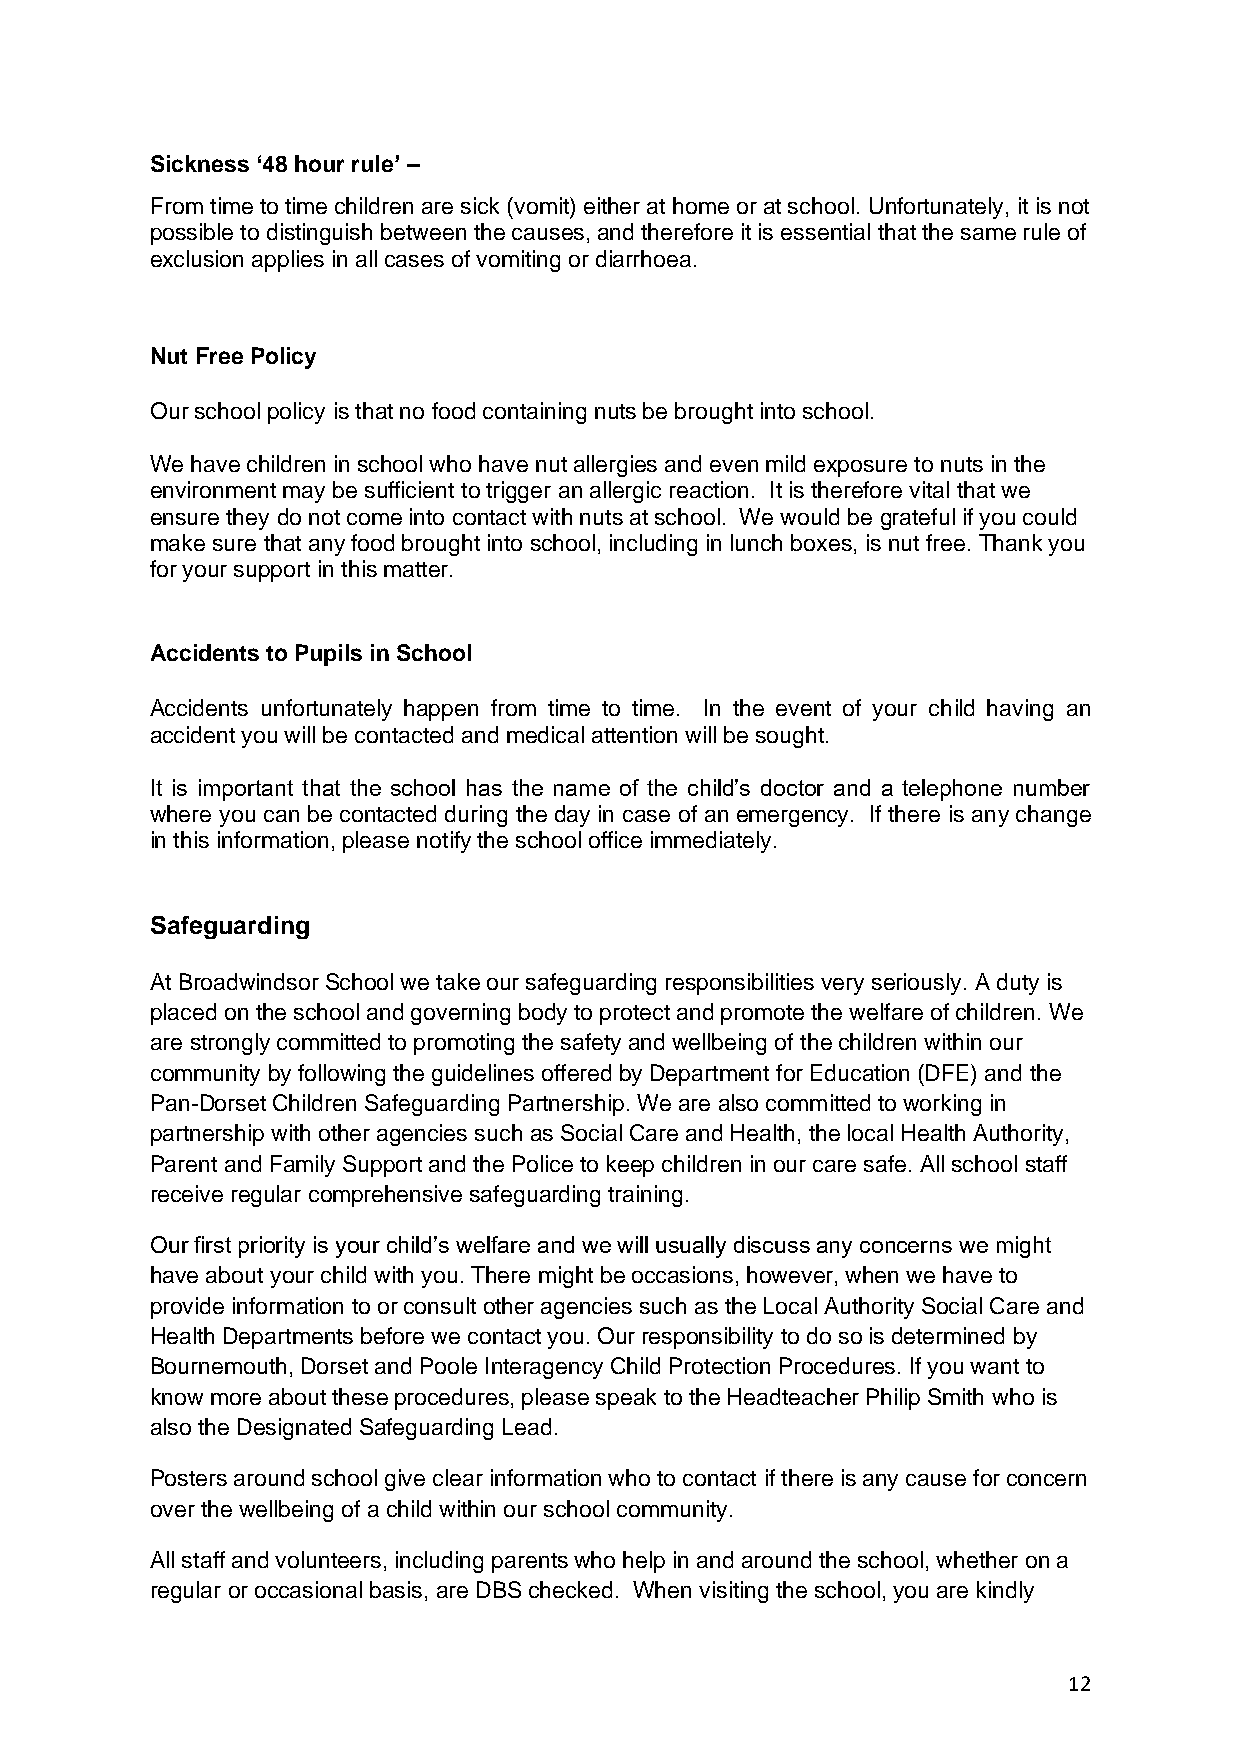
Sickness ‘48 hour rule’ –
 From time to time children are sick (vomit) either at home or at school. Unfortunately, it is not
 possible to distinguish between the causes, and therefore it is essential that the same rule of
 exclusion applies in all cases of vomiting or diarrhoea.
 Nut Free Policy
 Our school policy is that no food containing nuts be brought into school.
 We have children in school who have nut allergies and even mild exposure to nuts in the
 environment may be sufficient to trigger an allergic reaction. It is therefore vital that we
 ensure they do not come into contact with nuts at school. We would be grateful if you could
 make sure that any food brought into school, including in lunch boxes, is nut free. Thank you
 for your support in this matter.
 Accidents to Pupils in School
 Accidents unfortunately happen from time to time. In the event of your child having an
 accident you will be contacted and medical attention will be sought.
 It is important that the school has the name of the child’s doctor and a telephone number
 where you can be contacted during the day in case of an emergency. If there is any change
 in this information, please notify the school office immediately.
 Safeguarding
 At Broadwindsor School we take our safeguarding responsibilities very seriously. A duty is
 placed on the school and governing body to protect and promote the welfare of children. We
 are strongly committed to promoting the safety and wellbeing of the children within our
 community by following the guidelines offered by Department for Education (DFE) and the
 Pan-Dorset Children Safeguarding Partnership. We are also committed to working in
 partnership with other agencies such as Social Care and Health, the local Health Authority,
 Parent and Family Support and the Police to keep children in our care safe. All school staff
 receive regular comprehensive safeguarding training.
 Our first priority is your child’s welfare and we will usually discuss any concerns we might
 have about your child with you. There might be occasions, however, when we have to
 provide information to or consult other agencies such as the Local Authority Social Care and
 Health Departments before we contact you. Our responsibility to do so is determined by
 Bournemouth, Dorset and Poole Interagency Child Protection Procedures. If you want to
 know more about these procedures, please speak to the Headteacher Philip Smith who is
 also the Designated Safeguarding Lead.
 Posters around school give clear information who to contact if there is any cause for concern
 over the wellbeing of a child within our school community.
 All staff and volunteers, including parents who help in and around the school, whether on a
 regular or occasional basis, are DBS checked. When visiting the school, you are kindly
 12